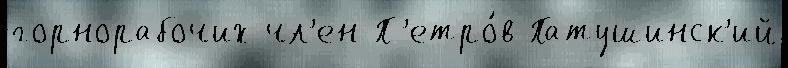
горнорабочих чл'ен П'етро́в Патушинск'ий